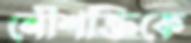
নৌশক্তিকে